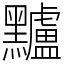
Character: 黸